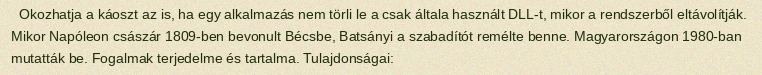
Okozhatja a káoszt az is, ha egy alkalmazás nem törli le a csak általa használt DLL-t, mikor a rendszerből eltávolítják. Mikor Napóleon császár 1809-ben bevonult Bécsbe, Batsányi a szabadítót remélte benne. Magyarországon 1980-ban mutatták be. Fogalmak terjedelme és tartalma. Tulajdonságai: